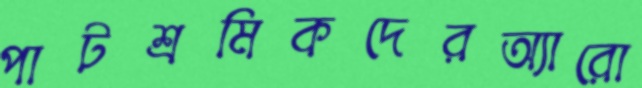
পাটশ্রমিকদেরঅ্যারো